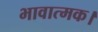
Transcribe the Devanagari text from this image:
भावात्मक।